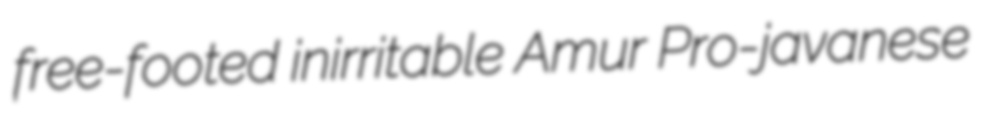
free-footed inirritable Amur Pro-javanese